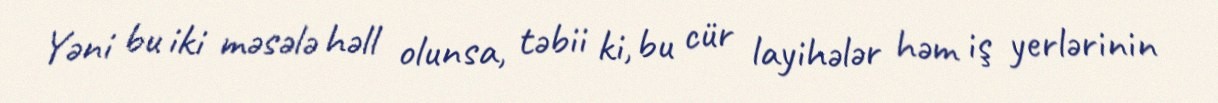
Yəni bu iki məsələ həll olunsa, təbii ki, bu cür layihələr həm iş yerlərinin